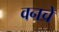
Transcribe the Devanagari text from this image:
वनचे